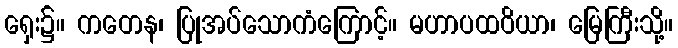
ရှေး၌။ ကတေန၊ ပြုအပ်သောကံကြောင့်။ မဟာပထဝိယာ၊ မြေကြီးသို့။